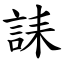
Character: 誄